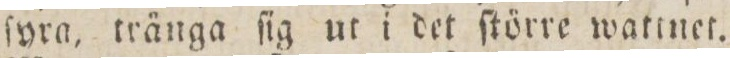
ſyra, tränga ſig ut i det ſtörre wattnet.